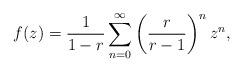
LaTeX: \begin{align*}f(z)=\frac{1}{1-r}\sum_{n=0}^\infty\left(\frac{r}{r-1}\right)^nz^n,\end{align*}